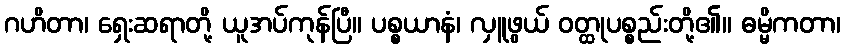
ဂဟိတာ၊ ရှေးဆရာတို့ ယူအပ်ကုန်ပြီ။ ပစ္စယာနံ၊ လှူဖွယ် ဝတ္ထုပစ္စည်းတို့၏။ ဓမ္မိကတာ၊